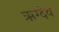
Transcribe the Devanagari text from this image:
ऋग्देव